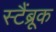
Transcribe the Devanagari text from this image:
स्टैंब्रूक